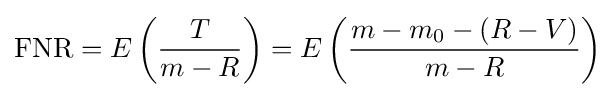
\mathrm {FNR} =E\left({\frac {T}{m-R}}\right)=E\left({\frac {m-m_{0}-(R-V)}{m-R}}\right)